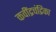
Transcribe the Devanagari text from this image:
कवींद्रचंद्रिका